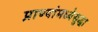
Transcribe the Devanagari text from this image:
प्राण्यांमध्येसुद्धा